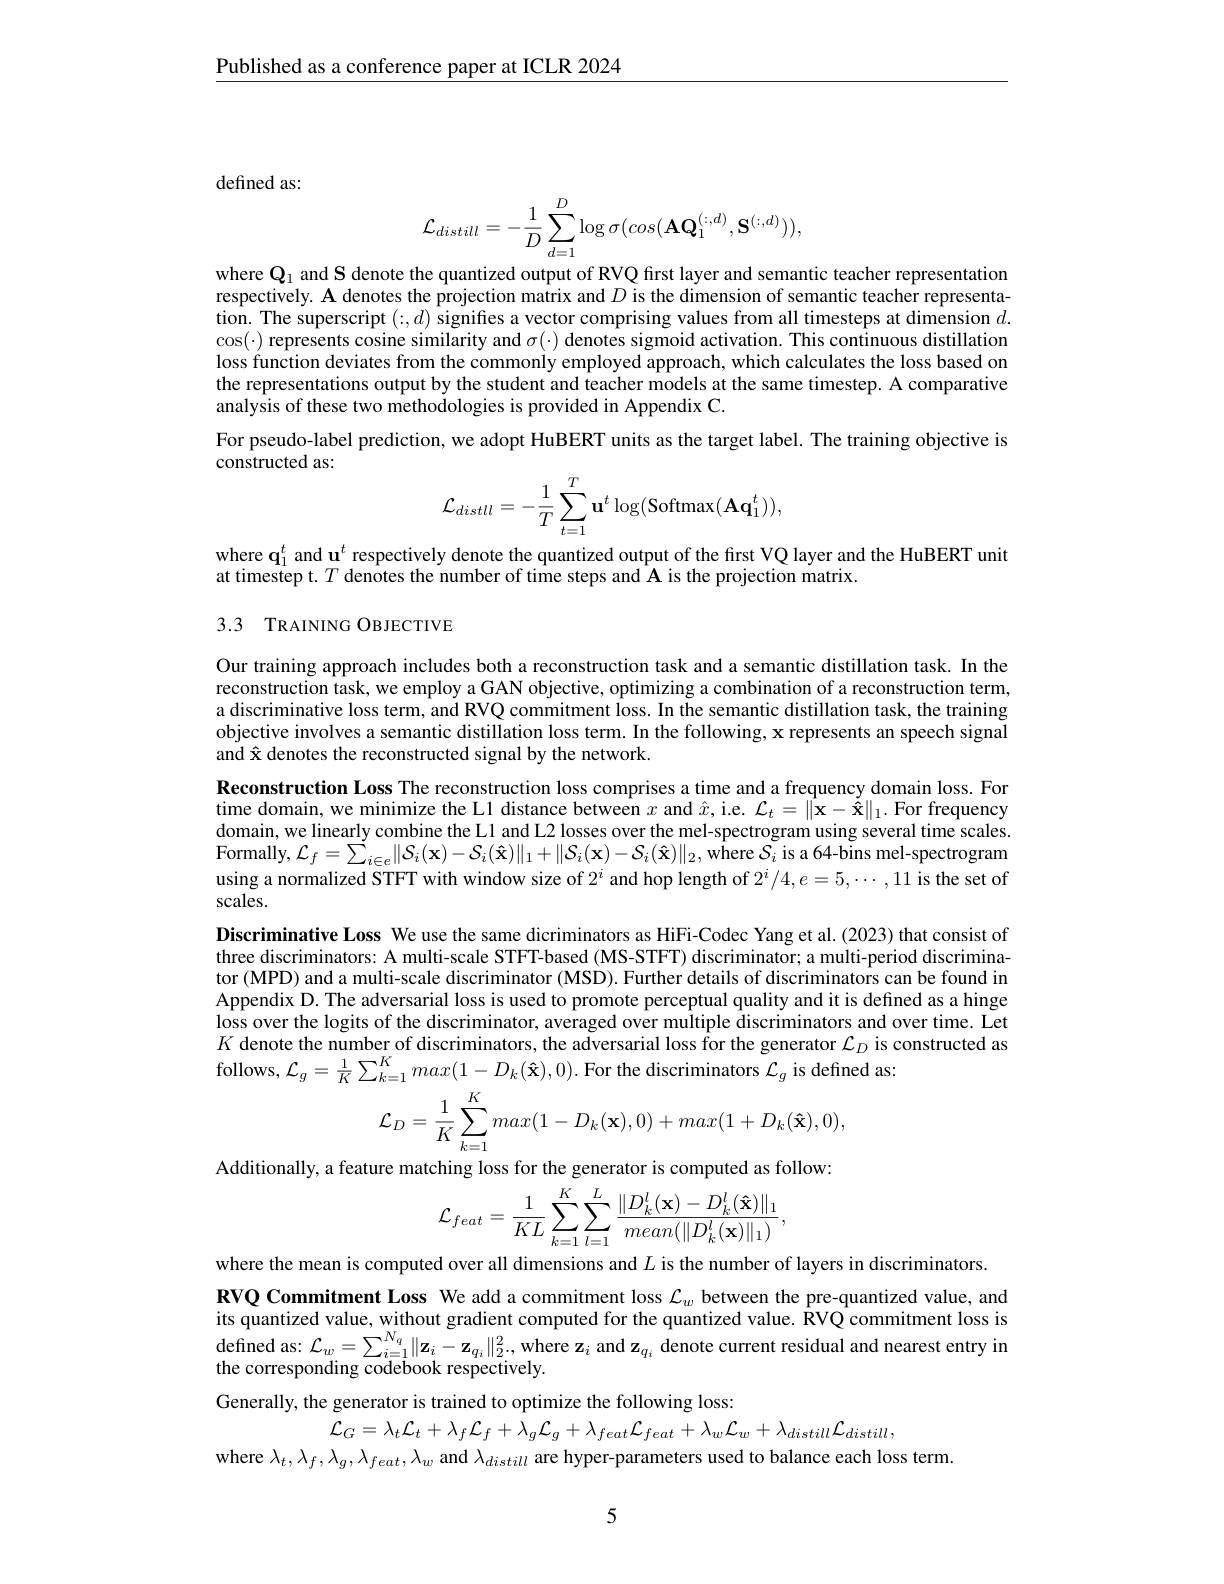
Published as a conference paper at ICLR 2024

defined as:
$$\mathcal{L}_{distill}=-\frac{1}{D}\sum_{d=1}^{D}\log\sigma(cos(\mathbf{AQ}_{1}^{(:,d)},\mathbf{S}^{(:,d)})),$$
where $\mathbf{Q}_1$ and S denote the quantized output of RVQ first layer and semantic teacher representation respectively. $\mathbf{A}$ denotes the projection matrix and $D$ is the dimension of semantic teacher representa- $\hat{\text{tion. The superscript }}(:,d)$ signifes a vector comprising values from all timesteps at dimension $d.$ $\cos(\cdot)$ represents cosine similarity and $\sigma(\cdot)$ denotes sigmoid activation. This continuous distillation loss function deviates from the commonly employed approach, which calculates the loss based on the representations output by the student and teacher models at the same timestep. A comparative analysis of these two methodologies is provided in Appendix C.
For pseudo-label prediction, we adopt HuBERT units as the target label. The training objective is
constructed as:
$$\mathcal{L}_{distll}=-\frac{1}{T}\sum_{t=1}^{T}\mathbf{u}^{t}\log(\mathrm{Softmax}(\mathbf{Aq}_{1}^{t})),$$
where $\mathbf{q}_1^t$ and u$^t$ respectively denote the quantized output of the first VQ layer and the HuBERT unit
at timestep t. $T$ denotes the number of time steps and A is the projection matrix.

## 3.3 TRAINING OBJECTIVE

Our training approach includes both a reconstruction task and a semantic distillation task. In the reconstruction task, we employ a GAN objective, optimizing a combination of a reconstruction term, a discriminative loss term, and RVQ commitment loss. In the semantic distillation task, the training objective involves a semantic distillation loss term. In the following, x represents an speech signal and â denotes the reconstructed signal by the network.
Reconstruction Loss The reconstruction loss comprises a time and a frequency domain loss. For time domain, we minimize the L1 distance between $x$ and $\hat{x}$, i.e. $\mathcal{L}_t=\|\hat{\mathbf{x}}-\tilde{\hat{\mathbf{x}}}\|_1.$ For frequency domain, we linearly combine the L1 and L2 losses over the mel-spectrogram using several time scales. Formally, $\mathcal{L} _{f}= \sum _{i\in e}\| \mathcal{S} _{i}( \mathbf{x} ) - \mathcal{S} _{i}( \mathbf{\hat{x} } ) \| _{1}+ \| \mathcal{S} _{i}( \mathbf{x} ) - \mathcal{S} _{i}( \mathbf{\hat{x} } ) \| _{2}$, where $\mathcal{S}_{i}$ is a 64-bins mel-spectrogram using a normalized STFT with window size of $2^i$ and hop length of $2^i/4,e=5,\cdots,11$ is the set of scales.
Discriminative Loss We use the same dicriminators as HiFi-Codec Yang et al. (2023) that consist of three discriminators: A multi-scale STFT-based (MS-STFT) discriminator; a multi-period discriminator (MPD) and a multi-scale discriminator (MSD). Further details of discriminators can be found in Appendix D. The adversarial loss is used to promote perceptual quality and it is defined as a hinge loss over the logits of the discriminator, averaged over multiple discriminators and over time. Let $K$ denote the number of discriminators, the adversarial loss for the generator $\mathcal{L}_D$ is constructed as follows, $\mathcal{L}_g=\frac1K\sum_{k=1}^Kmax(1-D_k(\mathbf{\hat{x}}),0).$ For the discriminators $\mathcal{L}_g$ is defined as:
$$\mathcal{L}_{D}=\frac{1}{K}\sum_{k=1}^{K}max(1-D_{k}(\mathbf{x}),0)+max(1+D_{k}(\mathbf{\hat{x}}),0),$$
Additionally, a feature matching loss for the generator is computed as follow:
$$\mathcal{L}_{feat}=\frac{1}{KL}\sum_{k=1}^{K}\sum_{l=1}^{L}\frac{\|D_{k}^{l}(\mathbf{x})-D_{k}^{l}(\mathbf{\hat{x}})\|_{1}}{mean(\|D_{k}^{l}(\mathbf{x})\|_{1})},$$
where the mean is computed over all dimensions and $L$ is the number of layers in discriminators.
RVQ Commitment Loss We add a commitment loss $\mathcal{L}_w$ between the pre-quantized value, and its quantized value, without gradient computed for the quantized value. RVQ commitment loss is $\begin{array}{l}{\mathrm{defined~as:~}\mathcal{L}_{w}=\sum_{i=1}^{{N_{q}}}\|\mathbf{z}_{i}-\mathbf{z}_{{q_{i}}}\|_{2}^{2}.,\mathrm{~where~z}_{i}\mathrm{~and~z}_{{q_{i}}}\text{ denote current residual and nearest entry in}}\\{\mathrm{the~corresponding~codebook~respectively.}}\end{array}$

Generally, the generator is trained to optimize the following loss:
${\mathcal L}_{G}=\lambda_{t}{\mathcal L}_{t}+\lambda_{f}{\mathcal L}_{f}+\lambda_{g}{\mathcal L}_{g}+\lambda_{feat}{\mathcal L}_{feat}+\lambda_{w}{\mathcal L}_{w}+\lambda_{distill}{\mathcal L}_{distill}$,
where $\lambda_t,\lambda_f,\lambda_g,\lambda_{feat},\lambda_w$ and $\lambda_distill$ are hyper-parameters used to balance each loss term.

5